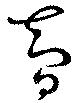
智